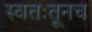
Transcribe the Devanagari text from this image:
स्वतःतूनच